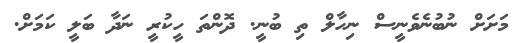
މަށަށް ނުބުނެވެނީސް ނިހާލް ތި ބުނީ. ދޮންތަ ހީކުރީ ނަދާ ބަލީ ކަމަށް.